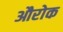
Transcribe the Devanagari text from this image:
औरोक